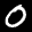
Label: 0